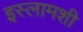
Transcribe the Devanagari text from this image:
इस्लामशी